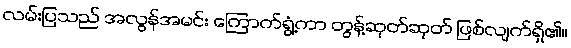
လမ်းပြသည် အလွန်အမင်း ကြောက်ရွံ့ကာ တွန့်ဆုတ်ဆုတ် ဖြစ်လျက်ရှိ၏။